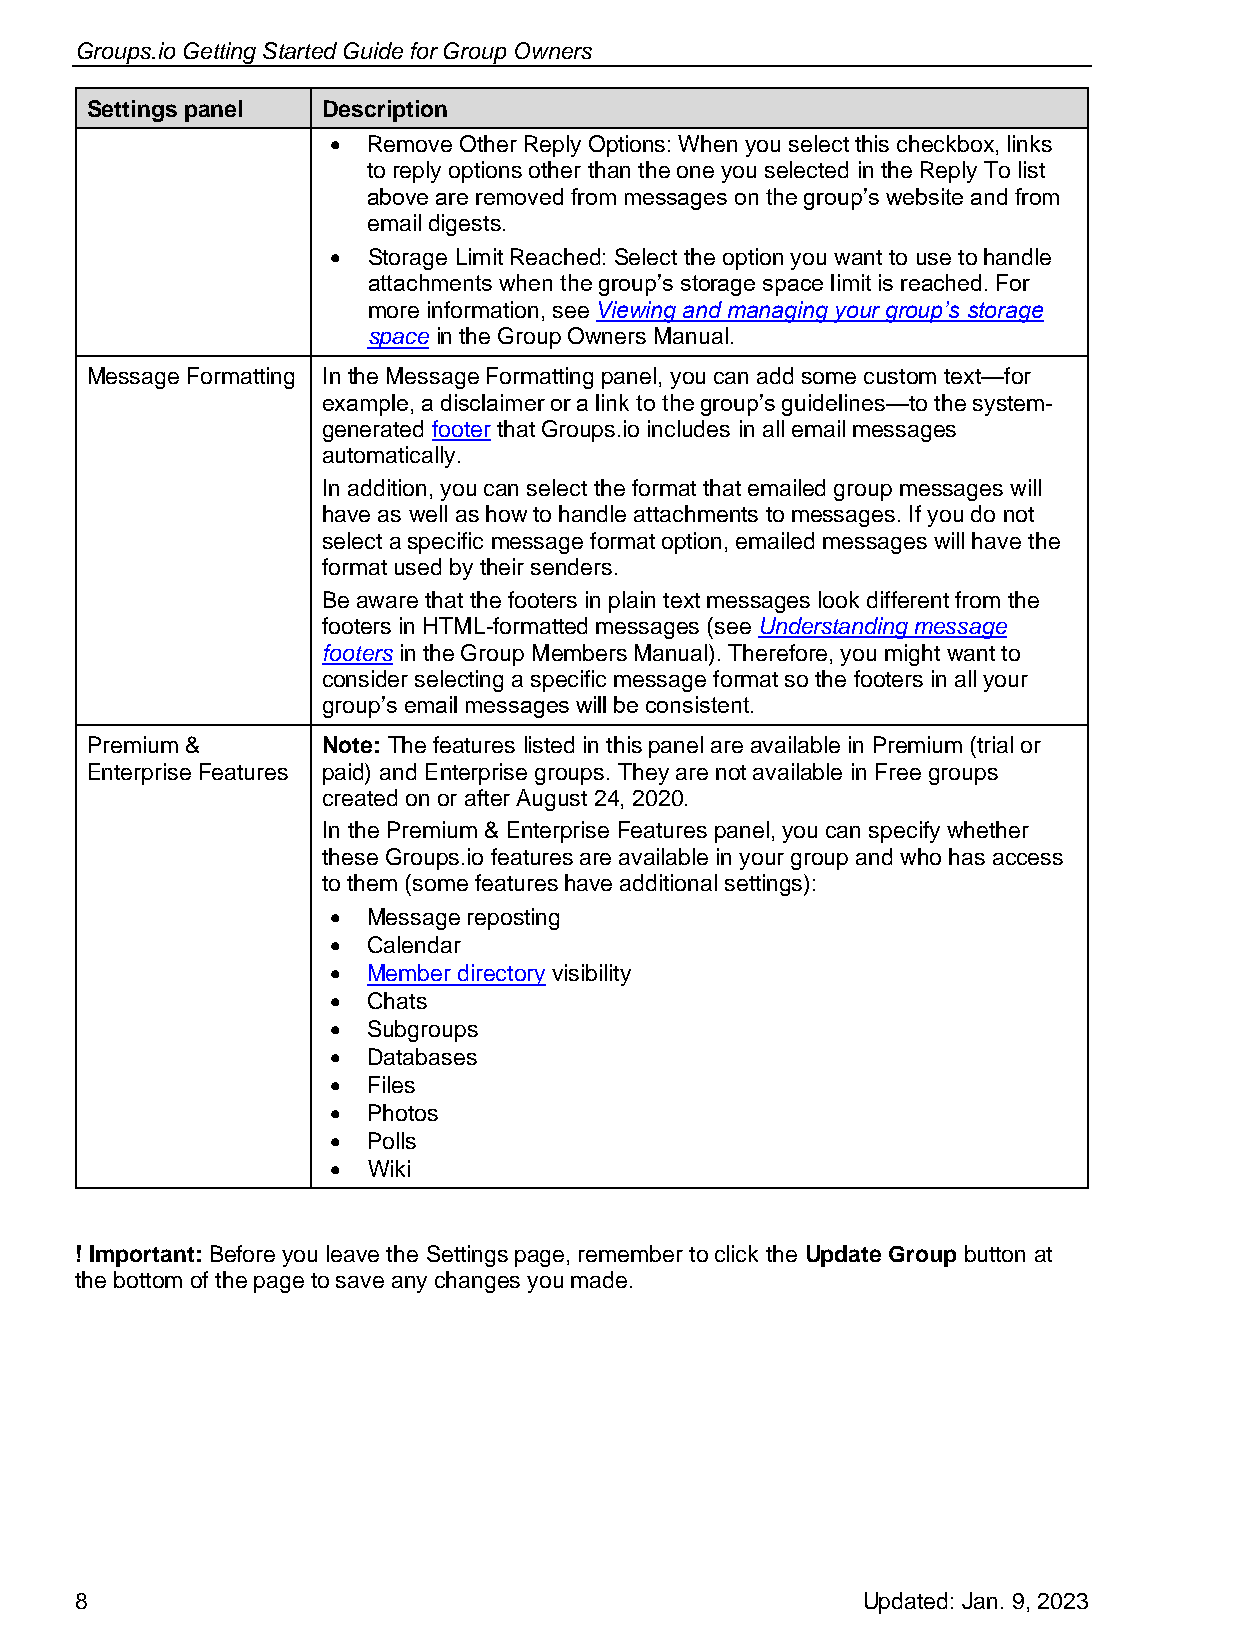
Groups.io Getting Started Guide for Group Owners
 Settings panel Description
 • Remove Other Reply Options: When you select this checkbox, links
 to reply options other than the one you selected in the Reply To list
 above are removed from messages on the group’s website and from
 email digests.
 • Storage Limit Reached: Select the option you want to use to handle
 attachments when the group’s storage space limit is reached. For
 more information, see Viewing and managing your group’s storage
 space in the Group Owners Manual.
 Message Formatting In the Message Formatting panel, you can add some custom text—for
 example, a disclaimer or a link to the group’s guidelines—to the system-
 generated footer that Groups.io includes in all email messages
 automatically.
 In addition, you can select the format that emailed group messages will
 have as well as how to handle attachments to messages. If you do not
 select a specific message format option, emailed messages will have the
 format used by their senders.
 Be aware that the footers in plain text messages look different from the
 footers in HTML-formatted messages (see Understanding message
 footers in the Group Members Manual). Therefore, you might want to
 consider selecting a specific message format so the footers in all your
 group’s email messages will be consistent.
 Premium &      Note: The features listed in this panel are available in Premium (trial or
 Enterprise Features paid) and Enterprise groups. They are not available in Free groups
 created on or after August 24, 2020.
 In the Premium & Enterprise Features panel, you can specify whether
 these Groups.io features are available in your group and who has access
 to them (some features have additional settings):
 • Message reposting
 • Calendar
 • Member directory visibility
 • Chats
 • Subgroups
 • Databases
 • Files
 • Photos
 • Polls
 • Wiki
 ! Important: Before you leave the Settings page, remember to click the Update Group button at
 the bottom of the page to save any changes you made.
 8                                                   Updated: Jan. 9, 2023